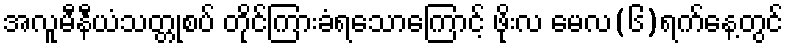
အလူမီနီယံသတ္တုစပ် တိုင်ကြားခံရသောကြောင့် ဖိုးလ မေလ(၆)ရက်နေ့တွင်